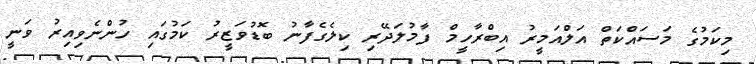
މިކަމުގެ މަސައްކަތް އަލްއަމީރު އިބްރާހީމް ފާމުލަދޭރި ކިލެގެފާނު ބޮޑުވަޒީރު ކަމުގައި ހުންނެވިއިރު ވަނީ